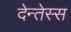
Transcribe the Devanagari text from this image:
देन्तेस्स